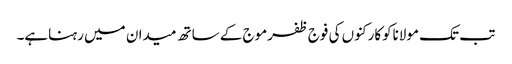
تب تک مولاناکوکارکنوں کی فوج ظفرموج کے ساتھ میدان میں رہناہے۔